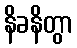
နိခနိတွာ